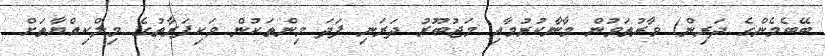
ބޭބެމެންގެ ދަރިން) ވާރުތަވުން މާނާކުރުމާއި މަޖުބޫރު ދަރަނި ފަދަ މިންތަކުން ވަކިފަރާތުގެ މިލްކިއްޔާތަށް